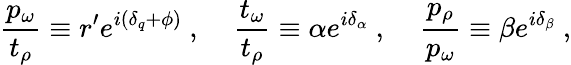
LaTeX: \frac{p_{\omega}}{t_{\rho}}\equiv r^{\prime}e^{i(\delta_{q}+\phi)}\ ,\; \; \; \; \frac{t_{\omega}}{t_{\rho}}\equiv\alpha e^{i\delta_{\alpha}}\ ,\; \; \; \; \frac{p_{\rho}}{p_{\omega}}\equiv\beta e^{i\delta_{\beta}}\ ,